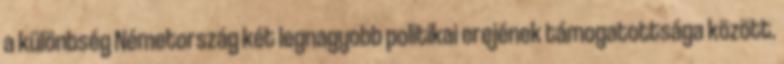
a különbség Németország két legnagyobb politikai erejének támogatottsága között.